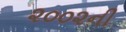
૨૦૦૨ની